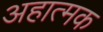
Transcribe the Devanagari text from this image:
अहात्मक